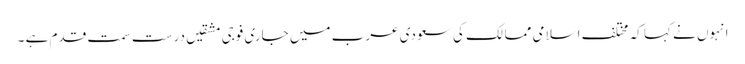
انہوں نے کہا کہ مختلف اسلامی ممالک کی سعودی عرب میں جاری فوجی مشقیں درست سمت قدم ہے ۔